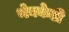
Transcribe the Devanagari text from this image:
थेक्केडी